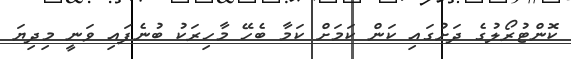
ކޮންޓުރޯލުގެ ދަށުގައި ކަން ކަމަށް ކަމާ ބެހޭ މާހިރަކު ބުނެފައި ވަނީ މިދިޔަ